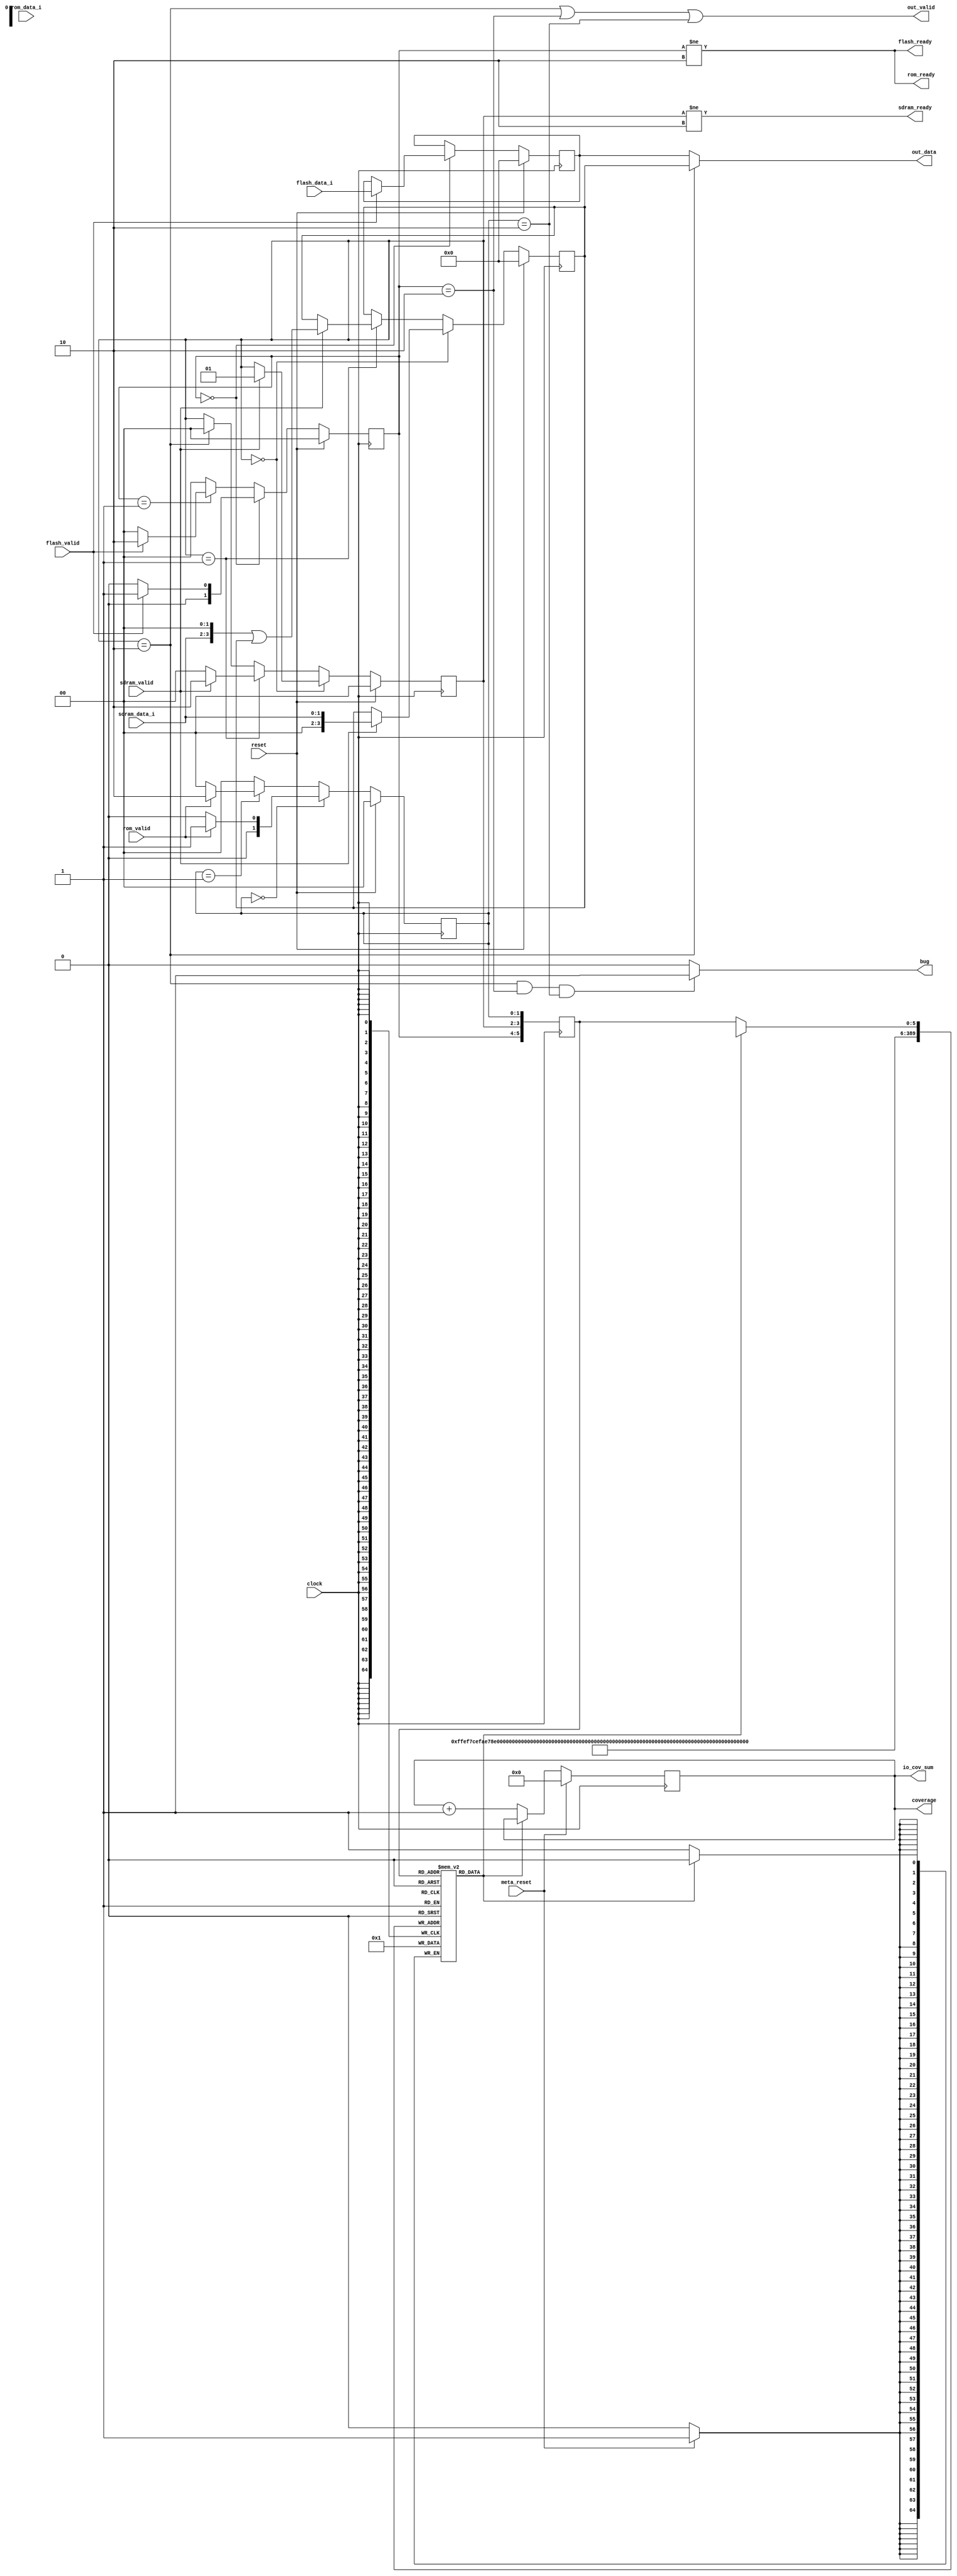
// This program was cloned from: https://github.com/compsec-snu/difuzz-rtl
// License: BSD 3-Clause "New" or "Revised" License

`define READY_S 2'h0
`define PENDING_S1 2'h1
`define BUSY_S 2'h2

`define READY_F 2'h0
`define PENDING_F1 2'h1
`define BUSY_F 2'h2

`define READY_R 2'h0
`define PENDING_R1 2'h1
`define BUSY_R 2'h2


module mem_ctrl(
  input clock,
  input reset,
  input meta_reset,

  input        sdram_valid, 
  input [1:0]  sdram_data_i,
  input        flash_valid,
  input [3:0]  flash_data_i,
  input        rom_valid,
  input        rom_data_i,

  output       sdram_ready,
  output       flash_ready,
  output       rom_ready,

  output       out_valid,
  output [3:0] out_data,

  output [5:0] coverage,
  output [5:0] io_cov_sum,
  output bug
);

  reg[1:0] state_sdram; // READY, RECEIVING, BUSY
  reg[1:0] state_flash; // READY, BUSY
  reg[1:0] state_rom;

  reg[3:0] data_sdram;
  reg[3:0] data_flash;
  reg[3:0] data_rom;

  reg covmap[0:63];
  reg[5:0] reg_state;
  reg[5:0] covsum;

  assign coverage = covsum;
  assign io_cov_sum = covsum;

  integer i;
  initial begin
    for (i=0; i<64; i=i+1)
      covmap[i] = 0;
    covsum = 0;
  end

  always @(posedge clock) begin
    reg_state <= {state_flash, state_sdram, state_rom};

    if (!covmap[reg_state]) begin
      covsum <= covsum + 1'h1;
      covmap[reg_state] <= 1'h1;
    end

    if (meta_reset) begin
      covsum <= 6'h0;
      for (i=0; i<64; i=i+1)
        covmap[i] = 1'h0;
    end
  end

  assign bug = ((state_sdram == `BUSY_S) && (state_flash == `BUSY_F) && (state_rom == `BUSY_R))? 1 : 0;
    
/********** combinational **********/

  assign sdram_ready = (state_sdram != `BUSY_S);
  assign flash_ready = (state_flash != `BUSY_F);
  assign rom_ready = (state_flash != `BUSY_F);

  assign out_valid = (state_sdram == `BUSY_S) ||
                      (state_flash == `BUSY_F) ||
                      (state_rom == `BUSY_R);
  assign out_data = (state_sdram == `BUSY_S) ?
                      data_sdram : data_flash;

/********** sequential **********/

  always @(posedge clock) begin
    if (reset) begin
      state_sdram <= `READY_S;
      state_flash <= `READY_F;
      state_rom <= `READY_R;
      data_sdram <= 4'h0;
      data_flash <= 4'h0;
      data_rom <= 4'h0;
    end else begin
      if (state_sdram == `READY_S) begin
        if (sdram_valid) begin
          state_sdram <= `PENDING_S1;
          data_sdram <= {2'b00, sdram_data_i};
        end
      end else if (state_sdram == `PENDING_S1) begin
        if (sdram_valid) begin
          state_sdram <= `BUSY_S;
          data_sdram <= {sdram_data_i, 2'b00} | data_sdram;
        end else begin
          state_sdram <= `READY_S;
        end 
      end else if (state_sdram == `BUSY_S) begin
        state_sdram <= `READY_S;
      end

      if (state_flash == `READY_F) begin
        if (flash_valid) begin
          state_flash <= `PENDING_F1;
          data_flash <= flash_data_i;
        end else begin
          state_flash <= `READY_F;
        end
      end else if (state_flash == `PENDING_F1) begin
        if (flash_valid) begin
          state_flash <= `BUSY_F;
        end else begin
          state_flash <= `READY_F;
        end
      end else begin
        state_flash <= `READY_F;
      end

      if (state_rom == `READY_R) begin
        if (rom_valid) begin
          state_rom <= `PENDING_R1;
          data_rom <= {3'b000, rom_data_i};
        end else begin
          state_rom <= `READY_R;
        end
      end else if (state_rom == `PENDING_R1) begin
        if (rom_valid) begin
          state_rom <= `BUSY_R;
          data_rom <= {2'b00, rom_data_i, 1'b0} | data_rom;
        end else begin
          state_rom <= `READY_R;
        end
      end else begin
        state_rom <= `READY_R;
      end
    end
  end
endmodule